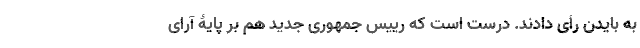
به بایدن رأی دادند. درست است که رییس جمهوری جدید هم بر پایۀ آرای